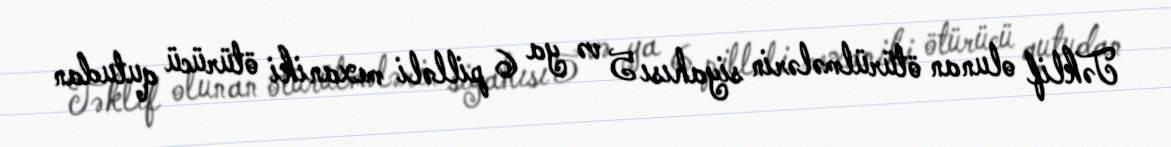
Təklif olunan ötürülmələrin siyahısı 5 və ya 6 pilləli mexaniki ötürücü qutudan